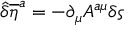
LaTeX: { \hat { \delta } } { { \overline { { { \eta } } } } ^ { a } } = - \partial _ { \mu } A ^ { a \mu } \delta \varsigma